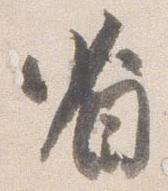
省